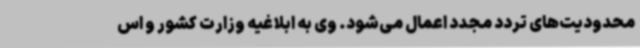
محدودیت‌های تردد مجدد اعمال می‌شود. وی به ابلاغیه وزارت کشور و اس